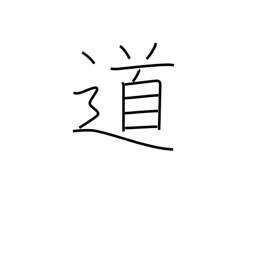
Meaning: road-way